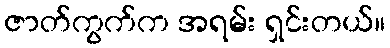
ဇာတ်ကွက်က အရမ်း ရှင်းတယ်။